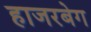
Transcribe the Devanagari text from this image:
हाजरबेग